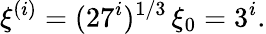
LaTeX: \xi^{(i)}=(27^{i})^{1/3}\, \xi_{0}=3^{i}.